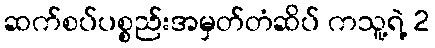
ဆက်စပ်ပစ္စည်းအမှတ်တံဆိပ် ကသူ့ရဲ့ 2